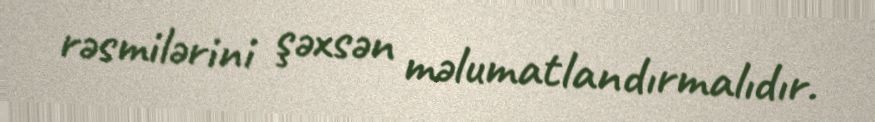
rəsmilərini şəxsən məlumatlandırmalıdır.